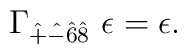
\Gamma_{\hat + \hat - \hat 6 \hat 8}~\epsilon = \epsilon.